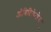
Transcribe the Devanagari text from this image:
ओबिदियेन्शेस्